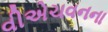
વીએચવનના